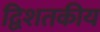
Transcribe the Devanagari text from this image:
द्विशतकीय